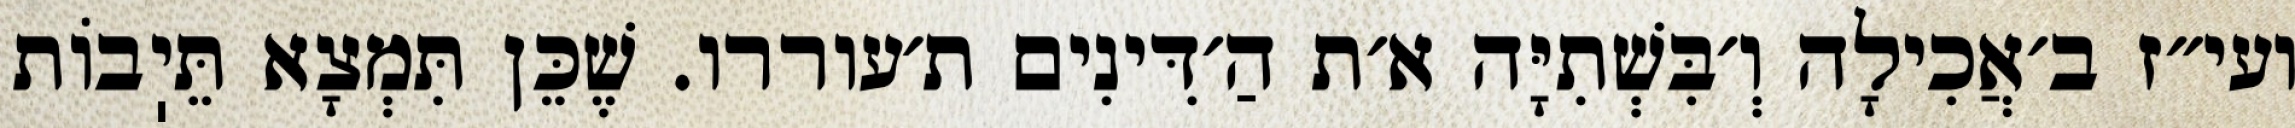
ועי״ז ב׳אֲכִילָה וְ׳בִּשְׁתִיָּה א׳ת הַ׳דִּינִים ת׳עוררו. שֶׁכֵּן תִּמְצָא תֵּיֽבוֹת